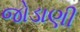
જોડાણી